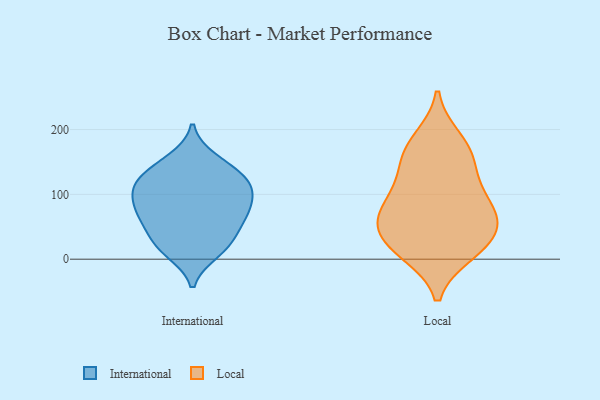
{"axis": {"x": "Shipments", "y": "Value"}, "legend": ["International", "Local"], "data": [{"x": "", "y": 127, "type": "International"}, {"x": "", "y": 69, "type": "International"}, {"x": "", "y": 74, "type": "International"}, {"x": "", "y": 126, "type": "International"}, {"x": "", "y": 94, "type": "International"}, {"x": "", "y": 85, "type": "International"}, {"x": "", "y": 115, "type": "International"}, {"x": "", "y": 60, "type": "International"}, {"x": "", "y": 154, "type": "International"}, {"x": "", "y": 111, "type": "International"}, {"x": "", "y": 145, "type": "International"}, {"x": "", "y": 24, "type": "International"}, {"x": "", "y": 107, "type": "International"}, {"x": "", "y": 34, "type": "International"}, {"x": "", "y": 16, "type": "International"}, {"x": "", "y": 11, "type": "International"}, {"x": "", "y": 60, "type": "International"}, {"x": "", "y": 172, "type": "Local"}, {"x": "", "y": 76, "type": "Local"}, {"x": "", "y": 62, "type": "Local"}, {"x": "", "y": 25, "type": "Local"}, {"x": "", "y": 12, "type": "Local"}, {"x": "", "y": 10, "type": "Local"}, {"x": "", "y": 59, "type": "Local"}, {"x": "", "y": 142, "type": "Local"}, {"x": "", "y": 102, "type": "Local"}, {"x": "", "y": 185, "type": "Local"}, {"x": "", "y": 59, "type": "Local"}, {"x": "", "y": 153, "type": "Local"}, {"x": "", "y": 34, "type": "Local"}, {"x": "", "y": 100, "type": "Local"}]}